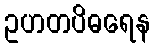
ဥဟတပိဓရေန